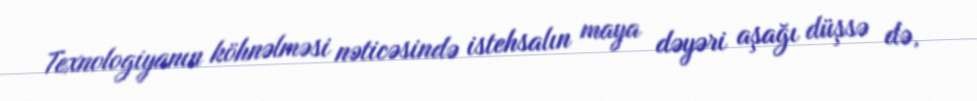
Texnologiyanın köhnəlməsi nəticəsində istehsalın maya dəyəri aşağı düşsə də,